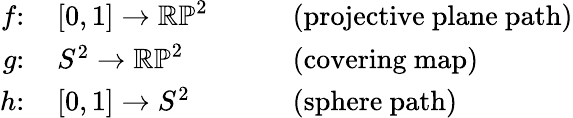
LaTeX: \begin{array}{rlrl}{f\colon\, }&{{}[0,1]\to\mathbb{RP}^{2}}&{\quad}&{{}{\mathrm{(projective~plane~path)}}}\\ {g\colon\, }&{{}S^{2}\to\mathbb{RP}^{2}}&{\quad}&{{}{\mathrm{(covering~map)}}}\\ {h\colon\, }&{{}[0,1]\to S^{2}}&{\quad}&{{}{\mathrm{(sphere~path)}}}\end{array}